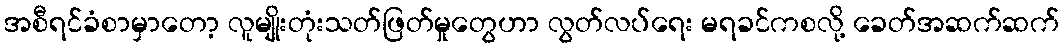
အစီရင်ခံစာမှာတော့ လူမျိုးတုံးသတ်ဖြတ်မှုတွေဟာ လွတ်လပ်ရေး မရခင်ကစလို့ ခေတ်အဆက်ဆက်